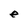
Character: e